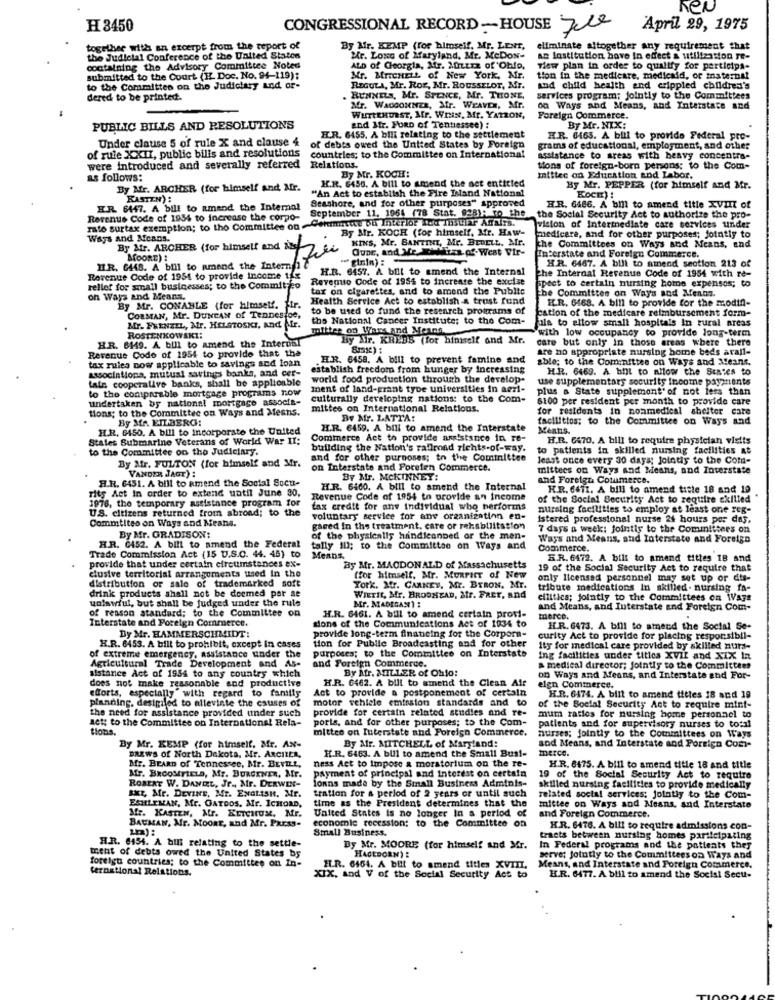
heu
H 3450
CONGRESSIONAL RECORD-HOUSE Jele
April 29, 1975
together with an excerpt from the report of
By Afr. KEMP (for himself, Mr. LENT,
eliminate altogether any requirement that
the Judicial Conference of the United States
Mr. Long of Maryland, Mr. McDos-
an lostitution bove in effect & utilization Te-
containing the Advisory Committee Noted
ALD of Georgia, Atr. Mittrz of Ohio,
view plan in order to qualify for participa-
submitted to the Court (IL Doc. No. 94-119);
Mr. BricHELL of New York, Mr.
tion in the medicare, medicaid, of maternal
to the Committee on the Judiciary and or-
REGULA, Mr. Ror, Mr. ROUSSELOT, Mr.
And child health and crippled children's
dered to be printed.
RUNNELS, Mr. SPENCE, Mr. THONE,
services program; jointly to the Committees
Mr. WAGGONNER, Mr. WEAVER, Mr.
on Ways and Means, and Interstate and
WurtEHURST, Mr. WIus, Mr. YATRON,
Foreign Commerce.
By Mr. NIX:
PUBLIC BILLS AND RESOLUTIONS
and Mr. FORD of Tentiessee) :
Under clause 5 of rule X and clause 4
H.R. 6455. A bili relating to the settlement
HR. 6465. A bill to provide Federal pre-
of rule XXII, public bills and resolutions
of debts owed the United States by Foreign
grams of educational, employment, and other
countries; to the Committee on International
assistance to areas with heavy concentra-
were introduced and severally referred
By Mr. KOCH:
tions of foreign-born persons: to the Com-
as follows:
H.R. 6456. A bill to amend the act entitled
mittee on Education and Labor.
By Mr. ARCHER (for himself and Mr.
"An Act to establish the Pire Island National
By Mr. PEPPER (for himself and Mr.
KOCH)
Seashore, and for other purposes" approved
ER 6447. A bill to amend the Internal
HR. 6486. A bill to amend title XVIII of
rato surtax exemption; to the Committee on -Cehimmute ou Interior Med In3uhr- AgNITs.
Revenue Code of 1954 to increase the corpo-
September 11, 1964 (78 Stat. 92B): To the
the Social Security Act to authorize the pro-
By Mr. KOCH (for himself, Mr. Haw-
vision of Intermediate care services under
Ways and Means.
KINS, Mr. BANTINI, Mr. BEDELL. Mr.
medicare, and for other purposes; Jointly to
By Mr. ARCHER (for himself and is-
Quar, and Me Xi-firan of- West Wir-
Tran of- West Wir-
Interstate and Foreign Commerce.
the Committees on Ways and Means, and
MOORE) :
H.R. 6467. A bill to atrend section 213 of
HIR. 6448. A bill to amend the Intern
H.R. 6457. A bill to amend the Internal
The Internal Revenue Code of 1954 with re-
Revenue Code of 1954 to provide income 1fr
Revenuto Code of 1954 to increase the excise
spect to certain nursing home expensos; to
rellet for small businesses; to the Commit o
tar on cigarettes, and to amend the Public
on Ways and Means.
Health Service Act to establish a trust fund
be Committee on Ways and Menns.
H.R. 6468. A bill to provide for the modifi-
By Mr. CONANLE (for himself. fir
to be used to fund the research programs of
CORMAN, Mr. DUNCAN of Tennestoe,
the National Cancer Institute; to the Com-
cation of the medicare reimbursement form-
fala to allow small hospitals In rural areas
Mr. FRENZEL, Atr. HELSTOSKI, And IF
mittee on Wars and Meann.
with low occupancy to provide long-term
H.R. 8149. A bill to amend the Internal
ROSTENKOWSKI:
By Sir. KREBS (for himself and Mr.
care but only in those areas where there
Revenue Code of 1954 to provide that the
are no appropriate nursing home beds arall-
IL.R. 6458. A bill to prevent famine and
able; to the Cominittes on Ways and Means.
associations, mutual savings banks, and cer-
tax rules now applicable to savings and loan
establish freedom from hunger by Increasing
H.R. 6469. A bit to allow the States to
lain cooperative banks, shall be applicable
world food production through the develop-
use supplementary security income payments
to the comparable mortgage programs now
ment of land-grant type universities in aerl-
plus a State supplement' of not less than
undertaken by national mortgage associe-
culturally developing nations: to the Com-
6100 per resident per month to provide care
tions; to the Committee on Ways and Means.
mittes on International Relations.
for residents in nonmedical shelter care
By MA. EILBERG:
Bv Mr. LATTA:
facilittos; to the Committee on Ways and
H.R. 6450. A bill to incorporate the United
H.R. 6459. A bill to amend the Interstate
Meatis.
States Submarine Veterans of World War II:
Commerce Act to provide assistance in re-
H.R. 6470. A bill to require physician visits
to the Committee on the Judiciary.
building the Nation's railroad nichts-of-way.
to patients in skilled nursing facilities at
and for other purposes; to the Committee
least once every 30 days; Jointis to the Com-
By Mr. FULTON (for himself and Mr.
VANDER JAGT) :
on Interstate and Poreten Commerce.
mittees on Ways and Means, and Interstate
H.R. 6451. A bill to amend the Social Sucu-
By Mr. MCKINNEY:
and Foreign Commerce.
rits Act in order to extend until June 30,
H.R. 6460. A bill to amend the Internal
HR. 66it. A bill to amend title 18 and 19
Revenue Code of 1954 to provide an Income
of the Social Security Act to require skilled
1976, the temporary assistance program for
U.S. citizens returned from abroad; to the
tax credit for any individual who herforms
nursing facilities to employ at least one reg-
Commtites on Ways and Means.
voluntary service for anv organization en-
istered professional nurse 24 hours por das,
gared in the treatment. care or rehabilitation
7 days a week: jointly to the Committees on
By Mr. GRADISON:
of the physically handleanbed or the men-
Ways and Means, and Interstate and Foreign
H.R. C452. A bill to amend the Federal
tally ID: to the Committee on Ways and
Commerce.
Trade Commission Act (15 U.S.C. 44. 45) to
provide that under certain circumstances ex-
Means.
S.R. 6472. A bill to amend titles 18 and
clusive territorial arrangements used In the
By Mr. MACDONALD of Massachusetts
19 of the Social Security Act to require that
distribution or sale of trademarked soft
(for himself, Mr. Muaract of New
only licensed personnel may set up or dis-
drink products shall not be deemed per se
Tork. Mr. CARNEY, MY. BYRON. Mr.
tribute medications In skilled. nursing fa-
unlawful, but shall be judged under the rule
Mr. MADERAS) :
WIETIt, Mr. BROONEAD, Mr. FREr, and
ellitics; jointly to the Committees on Ways
of reason standard; to the Committee on
and Means, and Interstate and Foreign Com-
sons of the Communications Act of 1934 to
H.R. 6461. A bill to amend certain profi-
merce.
Interstate and Foreign Commerce
provide long-term financing for the Corpora-
H.R. 6473. A bill to amend the Social Se-
By Mr. HAMMERSCHMIDT!
tion for Public Broadcasting and for other
curity Act to provide for placing responsibil-
of extreme emergency, assistance under the
H.R. 6453. A bill to prohibit, except in cases
purposes; to the Committee on Interstate
ity for medical care provided by skilled nurs-
ing facilities under titles Xvil and XIX in
Agricultural Trade Development and As-
and Foreign Commerce.
By Afr. MILLER of Ohio:
a medical director; jointly to the Committees
sistance Act of 1954 to any country which
does not make reasonable sod productive
H.R. 6462. A bill to amend the Clean Air
on Ways and Means, and Interstate and For-
efforts, especially with regard to family
Act to provide a postponement of certain
elgn Commerce.
planning. desigiled to allevinte the causes of
motor vehicle emission standards and to
H.R. 6474. A bill to amend titles 18 and 19
the need for assistance provided under such
provide for certain related studies and re-
of the Social Security Act to require mint-
set; to the Committee on International Rela-
poris, and for other purposes; to the Com-
mum ratios for nursing home personnel to
Blons.
mittee on Interstate and Foreign Commerce.
nurses; jointly to the Committees on Ways
patients and for supervisory nurses to total
By Mr. KEMP (for himself, Mr. AN-
BREWS of North Dakota, Mr. ARCHIER,
By Afr. MITCHELL of Maryland:
sod Means, and Interstate and Foreign Com-
merce.
ness Act to Impose a moratorium on the re-
H.R. 6463. A bill to amend the Small Bus !-
Mr. BEARD of Tennessee, Mr. BEVILL,
H.R. 8475. A bill to amend title 18 and title
Mr. BROOMFIELD, Mr. BURGENER, Mr.
payment of principal and interest on certain
fonns made by the Small Business Adminis-
19 of the Social Security Act to require
ROBERT W. DANIEL, Jr ., Mr. DERWIN-
tration for a period of 2 years or until such
skilled nursing facilities to provide medically
ESHLEMAN, Mr. GATDOS. Mr. ICHORD,
sxr, Mr. DEVINE, Mr. ENGLISH, Mr.
time as the President determines that the
related social services; jointly to the Com-
Mr. KASTEN, Mr. ELTONUx, Mr.
mittee on Ways and Means, and Interstate
United States is no longer In a period of
economie recession: to the Committee on
and Foreign Commerce.
BAUMAN, Mr. MOORE, and Mr. Parss-
H.R. 6476. A bill to require admissions con-
H.R. 6154. A buli relating to the settle-
Small Business.
tracts between nursing homes participating
Dy Mr. MOORE (for himself and Mr.
In Federal programs and the patients they
ment of debts owed the United States by
HAGEDORN) :
serve; Jotutly to the Committees oa Ways and
foreign countries; to the Committee on In-
ternational Relations.
HI.R. 6464. A bit to amend titles XVIII.
Means, and Interstate and Foreign Commerce.
XIX, and V of the Social Security Act to
H.R. 6477. A blil to amend the Social Secu-